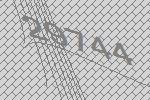
29744